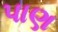
પાણ